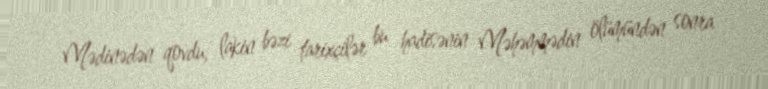
Mədinədən qovdu, lakin bəzi tarixçilər bu hadisənin Məhəmmədin ölümündən sonra